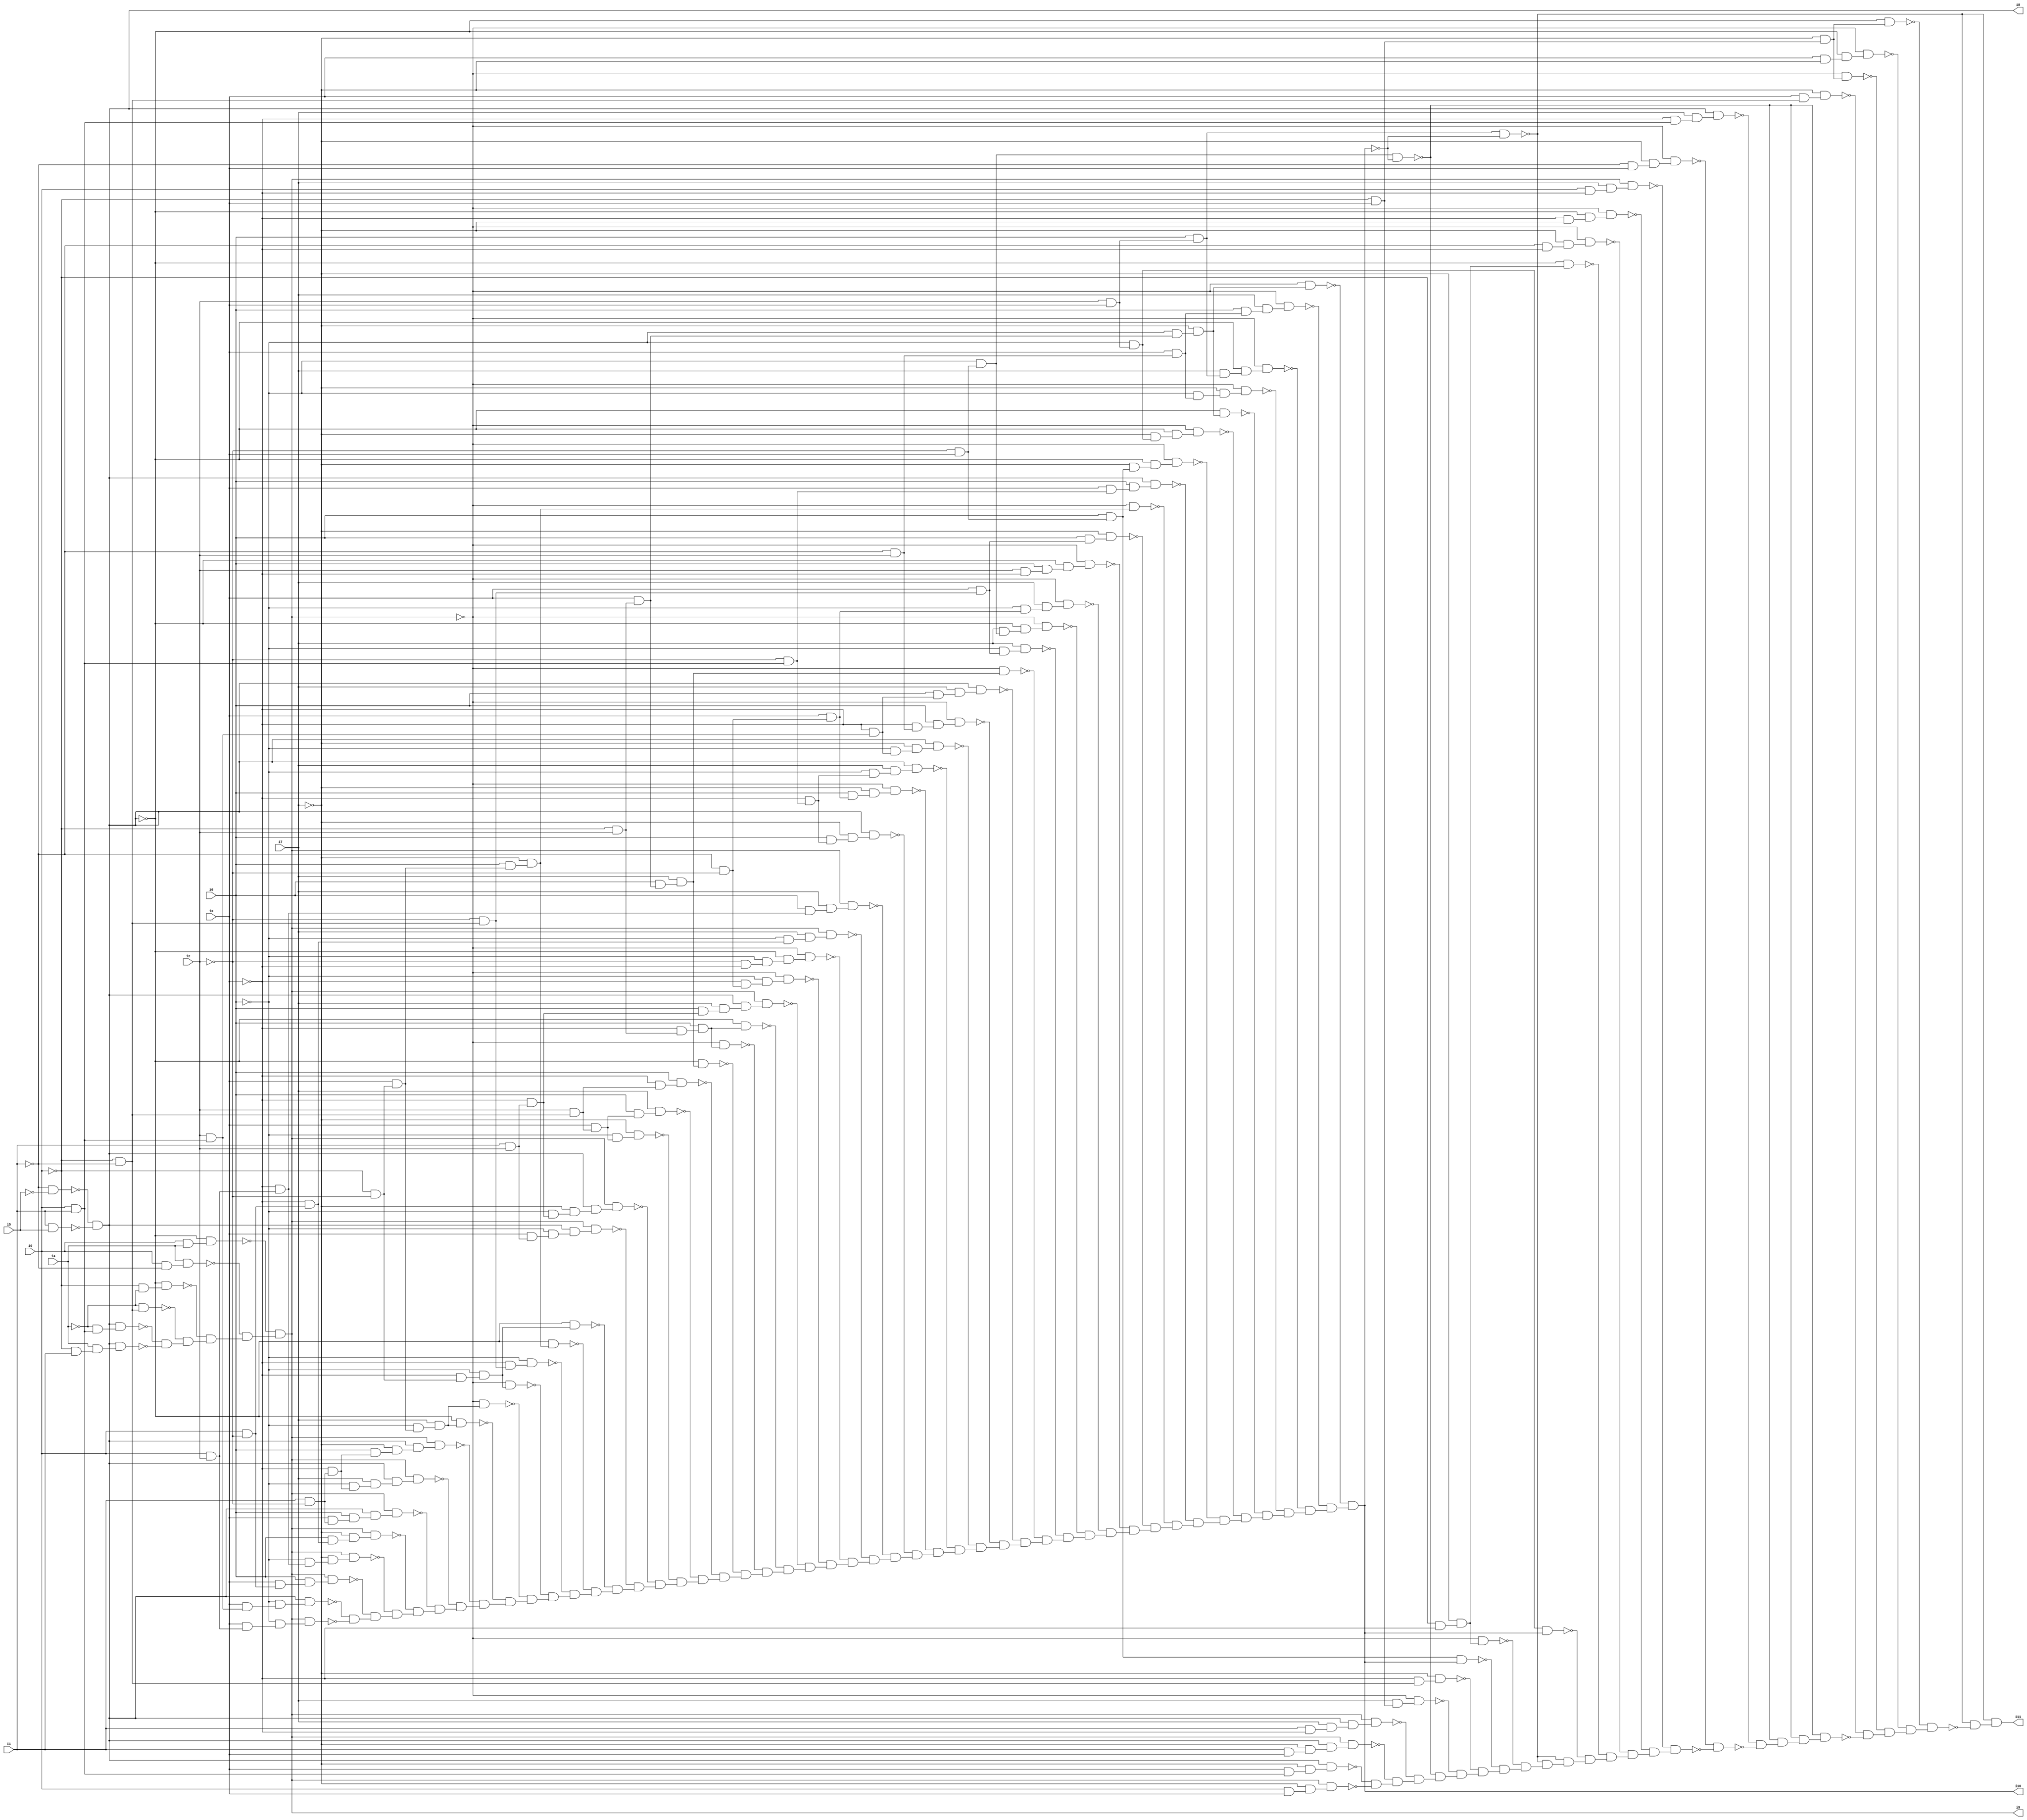
// Benchmark "SKOLEMFORMULA" written by ABC on Mon May  4 05:27:57 2020

module SKOLEMFORMULA ( 
    i0, i1, i2, i3, i4, i5, i6, i7,
    i8, i9, i10, i11  );
  input  i0, i1, i2, i3, i4, i5, i6, i7;
  output i8, i9, i10, i11;
  wire n13, n14, n16, n17, n18, n19, n20, n21, n22, n23, n24, n25, n26, n27,
    n28, n29, n30, n31, n32, n33, n35, n36, n37, n38, n39, n40, n41, n42,
    n43, n44, n45, n46, n47, n48, n49, n50, n51, n52, n53, n54, n55, n56,
    n57, n58, n59, n60, n61, n62, n63, n64, n65, n66, n67, n68, n69, n70,
    n71, n72, n73, n74, n75, n76, n77, n78, n79, n80, n81, n82, n83, n84,
    n85, n86, n87, n88, n89, n90, n91, n92, n93, n94, n95, n96, n97, n98,
    n99, n100, n101, n102, n103, n104, n105, n106, n107, n108, n109, n110,
    n111, n112, n113, n114, n115, n116, n117, n118, n119, n120, n121, n122,
    n123, n124, n125, n126, n127, n128, n129, n130, n131, n132, n133, n134,
    n135, n136, n137, n138, n139, n140, n141, n142, n143, n144, n145, n146,
    n147, n148, n149, n150, n151, n152, n153, n154, n155, n156, n157, n158,
    n159, n160, n161, n162, n163, n164, n165, n166, n167, n168, n169, n170,
    n171, n172, n173, n174, n175, n176, n177, n178, n179, n180, n181, n182,
    n183, n184, n185, n186, n187, n188, n189, n190, n191, n192, n193, n194,
    n195, n196, n197, n198, n199, n200, n201, n202, n203, n204, n205, n206,
    n207, n208, n209, n210, n211, n212, n213, n214, n215, n216, n217, n218,
    n219, n220, n221, n222, n223, n224, n225, n226, n227, n228, n229, n230,
    n231, n232, n233, n234, n235, n236, n237, n238, n239, n240, n241, n242,
    n243, n244, n246, n247, n248, n249, n250, n251, n252, n253, n254, n255,
    n256, n257, n258, n259, n260, n261, n262, n263, n264, n265, n266, n267,
    n268, n269, n270, n271, n272, n273, n274, n275, n276, n277, n278, n279,
    n280, n281, n282, n283, n284, n285, n286, n287, n288, n289, n290, n291,
    n292, n293, n294, n295, n296, n297, n298, n299, n300, n301, n302, n303,
    n304, n305, n306, n307, n308, n309, n310, n311, n312, n313, n314, n315,
    n316, n317, n318, n319, n320;
  assign n13 = ~i1 & ~i5;
  assign n14 = i1 & i5;
  assign i8 = ~n13 & ~n14;
  assign n16 = i0 & i1;
  assign n17 = ~i4 & n16;
  assign n18 = i8 & n17;
  assign n19 = ~i0 & i1;
  assign n20 = i4 & n19;
  assign n21 = i8 & n20;
  assign n22 = ~i0 & ~i1;
  assign n23 = ~i4 & n22;
  assign n24 = ~i0 & ~i4;
  assign n25 = ~i8 & n24;
  assign n26 = i0 & ~i1;
  assign n27 = i4 & n26;
  assign n28 = i0 & i4;
  assign n29 = ~i8 & n28;
  assign n30 = ~n18 & ~n21;
  assign n31 = ~n23 & n30;
  assign n32 = ~n25 & n31;
  assign n33 = ~n27 & n32;
  assign i9 = ~n29 & n33;
  assign n35 = i2 & n16;
  assign n36 = i3 & n35;
  assign n37 = ~i6 & n36;
  assign n38 = i8 & n37;
  assign n39 = i0 & i2;
  assign n40 = i3 & n39;
  assign n41 = ~i6 & n40;
  assign n42 = i9 & n41;
  assign n43 = i0 & ~i2;
  assign n44 = i3 & n43;
  assign n45 = i6 & n44;
  assign n46 = i9 & n45;
  assign n47 = ~i3 & n39;
  assign n48 = ~i6 & n47;
  assign n49 = ~i7 & n48;
  assign n50 = i9 & n49;
  assign n51 = ~i3 & n43;
  assign n52 = i6 & n51;
  assign n53 = ~i7 & n52;
  assign n54 = i9 & n53;
  assign n55 = i1 & ~i2;
  assign n56 = i3 & n55;
  assign n57 = i6 & n56;
  assign n58 = i8 & n57;
  assign n59 = i9 & n58;
  assign n60 = ~i3 & n55;
  assign n61 = ~i6 & n60;
  assign n62 = i7 & n61;
  assign n63 = i8 & n62;
  assign n64 = i9 & n63;
  assign n65 = i6 & n60;
  assign n66 = ~i7 & n65;
  assign n67 = i8 & n66;
  assign n68 = i9 & n67;
  assign n69 = ~i0 & ~i2;
  assign n70 = i3 & n69;
  assign n71 = ~i6 & n70;
  assign n72 = i7 & n71;
  assign n73 = ~i8 & n72;
  assign n74 = ~i9 & n72;
  assign n75 = ~i3 & n69;
  assign n76 = ~i6 & n75;
  assign n77 = ~i9 & n76;
  assign n78 = ~i2 & n22;
  assign n79 = ~i3 & n78;
  assign n80 = ~i6 & n79;
  assign n81 = i6 & n70;
  assign n82 = ~i7 & n81;
  assign n83 = ~i8 & n82;
  assign n84 = ~i8 & n76;
  assign n85 = i1 & i2;
  assign n86 = i3 & n85;
  assign n87 = ~i6 & n86;
  assign n88 = i8 & n87;
  assign n89 = i9 & n88;
  assign n90 = ~i3 & n85;
  assign n91 = ~i6 & n90;
  assign n92 = ~i7 & n91;
  assign n93 = i8 & n92;
  assign n94 = i9 & n93;
  assign n95 = i2 & n22;
  assign n96 = i3 & n95;
  assign n97 = ~i6 & n96;
  assign n98 = ~i7 & n97;
  assign n99 = i6 & n96;
  assign n100 = i7 & n99;
  assign n101 = ~i3 & n95;
  assign n102 = i6 & n101;
  assign n103 = ~i0 & i2;
  assign n104 = i3 & n103;
  assign n105 = i6 & n104;
  assign n106 = i7 & n105;
  assign n107 = ~i8 & n106;
  assign n108 = ~i3 & n103;
  assign n109 = i6 & n108;
  assign n110 = ~i9 & n109;
  assign n111 = ~i8 & n109;
  assign n112 = i6 & n90;
  assign n113 = i7 & n112;
  assign n114 = i8 & n113;
  assign n115 = i9 & n114;
  assign n116 = ~i1 & ~i2;
  assign n117 = ~i3 & n116;
  assign n118 = ~i6 & n117;
  assign n119 = ~i9 & n118;
  assign n120 = ~i2 & ~i3;
  assign n121 = ~i6 & n120;
  assign n122 = ~i8 & n121;
  assign n123 = ~i9 & n122;
  assign n124 = ~i6 & n51;
  assign n125 = i7 & n124;
  assign n126 = i9 & n125;
  assign n127 = i6 & n47;
  assign n128 = i7 & n127;
  assign n129 = i9 & n128;
  assign n130 = ~i2 & n16;
  assign n131 = ~i3 & n130;
  assign n132 = i6 & n131;
  assign n133 = ~i7 & n132;
  assign n134 = i8 & n133;
  assign n135 = i3 & n116;
  assign n136 = i6 & n135;
  assign n137 = ~i7 & n136;
  assign n138 = ~i9 & n137;
  assign n139 = ~i6 & n131;
  assign n140 = i7 & n139;
  assign n141 = i8 & n140;
  assign n142 = ~i3 & n35;
  assign n143 = ~i6 & n142;
  assign n144 = ~i7 & n143;
  assign n145 = i8 & n144;
  assign n146 = ~i1 & i2;
  assign n147 = ~i3 & n146;
  assign n148 = i6 & n147;
  assign n149 = ~i9 & n148;
  assign n150 = i6 & n142;
  assign n151 = i7 & n150;
  assign n152 = i8 & n151;
  assign n153 = ~i9 & n106;
  assign n154 = i3 & n78;
  assign n155 = ~i6 & n154;
  assign n156 = i7 & n155;
  assign n157 = ~i2 & i3;
  assign n158 = ~i6 & n157;
  assign n159 = i7 & n158;
  assign n160 = ~i8 & n159;
  assign n161 = ~i9 & n160;
  assign n162 = ~i6 & n135;
  assign n163 = i7 & n162;
  assign n164 = ~i9 & n163;
  assign n165 = i2 & ~i3;
  assign n166 = i6 & n165;
  assign n167 = ~i8 & n166;
  assign n168 = ~i9 & n167;
  assign n169 = i6 & n154;
  assign n170 = ~i7 & n169;
  assign n171 = ~i9 & n82;
  assign n172 = i3 & n130;
  assign n173 = i6 & n172;
  assign n174 = i8 & n173;
  assign n175 = i6 & n157;
  assign n176 = ~i7 & n175;
  assign n177 = ~i8 & n176;
  assign n178 = ~i9 & n177;
  assign n179 = i2 & i3;
  assign n180 = ~i6 & n179;
  assign n181 = ~i7 & n180;
  assign n182 = ~i8 & n181;
  assign n183 = ~i9 & n182;
  assign n184 = ~i6 & n104;
  assign n185 = ~i7 & n184;
  assign n186 = ~i8 & n185;
  assign n187 = i3 & n146;
  assign n188 = ~i6 & n187;
  assign n189 = ~i7 & n188;
  assign n190 = ~i9 & n189;
  assign n191 = i6 & n179;
  assign n192 = i7 & n191;
  assign n193 = ~i8 & n192;
  assign n194 = ~i9 & n193;
  assign n195 = i6 & n187;
  assign n196 = i7 & n195;
  assign n197 = ~i9 & n196;
  assign n198 = ~i9 & n185;
  assign n199 = ~n38 & ~n42;
  assign n200 = ~n46 & n199;
  assign n201 = ~n50 & n200;
  assign n202 = ~n54 & n201;
  assign n203 = ~n59 & n202;
  assign n204 = ~n64 & n203;
  assign n205 = ~n68 & n204;
  assign n206 = ~n73 & n205;
  assign n207 = ~n74 & n206;
  assign n208 = ~n77 & n207;
  assign n209 = ~n80 & n208;
  assign n210 = ~n83 & n209;
  assign n211 = ~n84 & n210;
  assign n212 = ~n89 & n211;
  assign n213 = ~n94 & n212;
  assign n214 = ~n98 & n213;
  assign n215 = ~n100 & n214;
  assign n216 = ~n102 & n215;
  assign n217 = ~n107 & n216;
  assign n218 = ~n110 & n217;
  assign n219 = ~n111 & n218;
  assign n220 = ~n115 & n219;
  assign n221 = ~n119 & n220;
  assign n222 = ~n123 & n221;
  assign n223 = ~n126 & n222;
  assign n224 = ~n129 & n223;
  assign n225 = ~n134 & n224;
  assign n226 = ~n138 & n225;
  assign n227 = ~n141 & n226;
  assign n228 = ~n145 & n227;
  assign n229 = ~n149 & n228;
  assign n230 = ~n152 & n229;
  assign n231 = ~n153 & n230;
  assign n232 = ~n156 & n231;
  assign n233 = ~n161 & n232;
  assign n234 = ~n164 & n233;
  assign n235 = ~n168 & n234;
  assign n236 = ~n170 & n235;
  assign n237 = ~n171 & n236;
  assign n238 = ~n174 & n237;
  assign n239 = ~n178 & n238;
  assign n240 = ~n183 & n239;
  assign n241 = ~n186 & n240;
  assign n242 = ~n190 & n241;
  assign n243 = ~n194 & n242;
  assign n244 = ~n197 & n243;
  assign i10 = ~n198 & n244;
  assign n246 = i3 & n16;
  assign n247 = ~i7 & n246;
  assign n248 = i8 & n247;
  assign n249 = i0 & i3;
  assign n250 = ~i7 & n249;
  assign n251 = i9 & n250;
  assign n252 = i1 & i3;
  assign n253 = ~i7 & n252;
  assign n254 = i8 & n253;
  assign n255 = i9 & n254;
  assign n256 = i1 & ~i3;
  assign n257 = i7 & n256;
  assign n258 = i8 & n257;
  assign n259 = i9 & n258;
  assign n260 = n158 & ~i10;
  assign n261 = ~i0 & i3;
  assign n262 = i7 & n261;
  assign n263 = ~i9 & n262;
  assign n264 = ~i3 & n22;
  assign n265 = ~i7 & n264;
  assign n266 = n175 & i10;
  assign n267 = ~i0 & ~i3;
  assign n268 = ~i7 & n267;
  assign n269 = ~i9 & n268;
  assign n270 = n191 & ~i10;
  assign n271 = n180 & i10;
  assign n272 = ~i8 & n268;
  assign n273 = ~i1 & ~i3;
  assign n274 = ~i7 & n273;
  assign n275 = ~i9 & n274;
  assign n276 = ~i3 & ~i7;
  assign n277 = ~i8 & n276;
  assign n278 = ~i9 & n277;
  assign n279 = i0 & ~i3;
  assign n280 = i7 & n279;
  assign n281 = i9 & n280;
  assign n282 = ~i1 & i3;
  assign n283 = ~i7 & n282;
  assign n284 = ~i9 & n283;
  assign n285 = ~i3 & n16;
  assign n286 = i7 & n285;
  assign n287 = i8 & n286;
  assign n288 = i3 & n22;
  assign n289 = ~i7 & n288;
  assign n290 = ~i7 & n261;
  assign n291 = ~i9 & n290;
  assign n292 = i3 & ~i7;
  assign n293 = ~i8 & n292;
  assign n294 = ~i9 & n293;
  assign n295 = ~i8 & n290;
  assign n296 = ~n248 & ~n251;
  assign n297 = ~n255 & n296;
  assign n298 = ~n259 & n297;
  assign n299 = ~n260 & n298;
  assign n300 = ~n263 & n299;
  assign n301 = ~n265 & n300;
  assign n302 = ~n266 & n301;
  assign n303 = ~n269 & n302;
  assign n304 = ~n270 & n303;
  assign n305 = ~n270 & n304;
  assign n306 = ~n271 & n305;
  assign n307 = ~n272 & n306;
  assign n308 = ~n275 & n307;
  assign n309 = ~n278 & n308;
  assign n310 = ~n281 & n309;
  assign n311 = ~n284 & ~n310;
  assign n312 = ~n287 & ~n311;
  assign n313 = ~n260 & n312;
  assign n314 = ~n260 & n313;
  assign n315 = ~n260 & n314;
  assign n316 = ~n289 & ~n315;
  assign n317 = ~n291 & n316;
  assign n318 = ~n294 & n317;
  assign n319 = ~n295 & n318;
  assign n320 = ~n270 & ~n319;
  assign i11 = ~n270 & n320;
endmodule